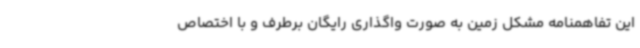
این تفاهمنامه مشکل زمین به صورت واگذاری رایگان برطرف و با اختصاص